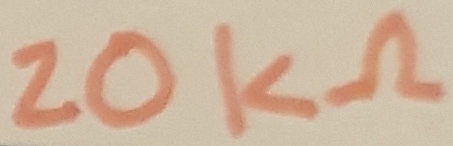
Text: 20KΩ